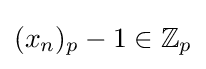
(x_{n})_{p}-1\in \mathbb {Z} _{p}